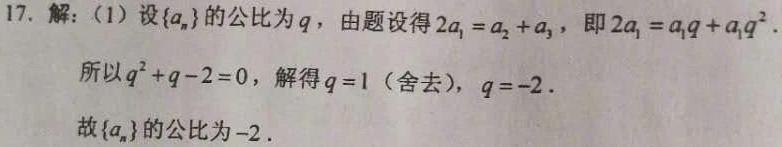
17. 解：（1）设\(\{a_{n}\}\)的公比为\(q\)，由题设得\(2a_{1}=a_{2}+a_{3}\)，即\(2a_{1}=a_{1}q + a_{1}q^{2}\).
所以\(q^{2}+q - 2 = 0\)，解得\(q = 1\)（舍去），\(q = - 2\).
故\(\{a_{n}\}\)的公比为\(-2\).